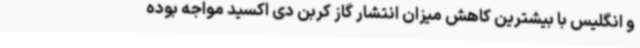
و انگلیس با بیشترین کاهش میزان انتشار گاز کربن دی اکسید مواجه بوده